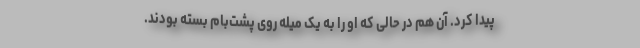
پیدا کرد. آن هم در حالی که او را به یک میله روی پشت‌بام بسته بودند.